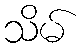
သိမ်